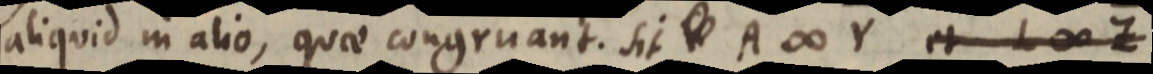
aliquid in alio, quae congruant. Sit _ A ∞ Y et L ∞ Z